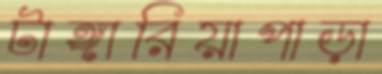
টাঙ্গারিয়াপাড়া